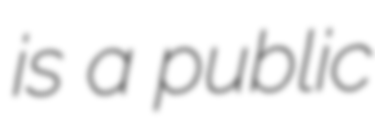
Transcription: is a public